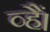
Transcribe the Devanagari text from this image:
व्हैं।